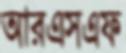
আরএসএফ